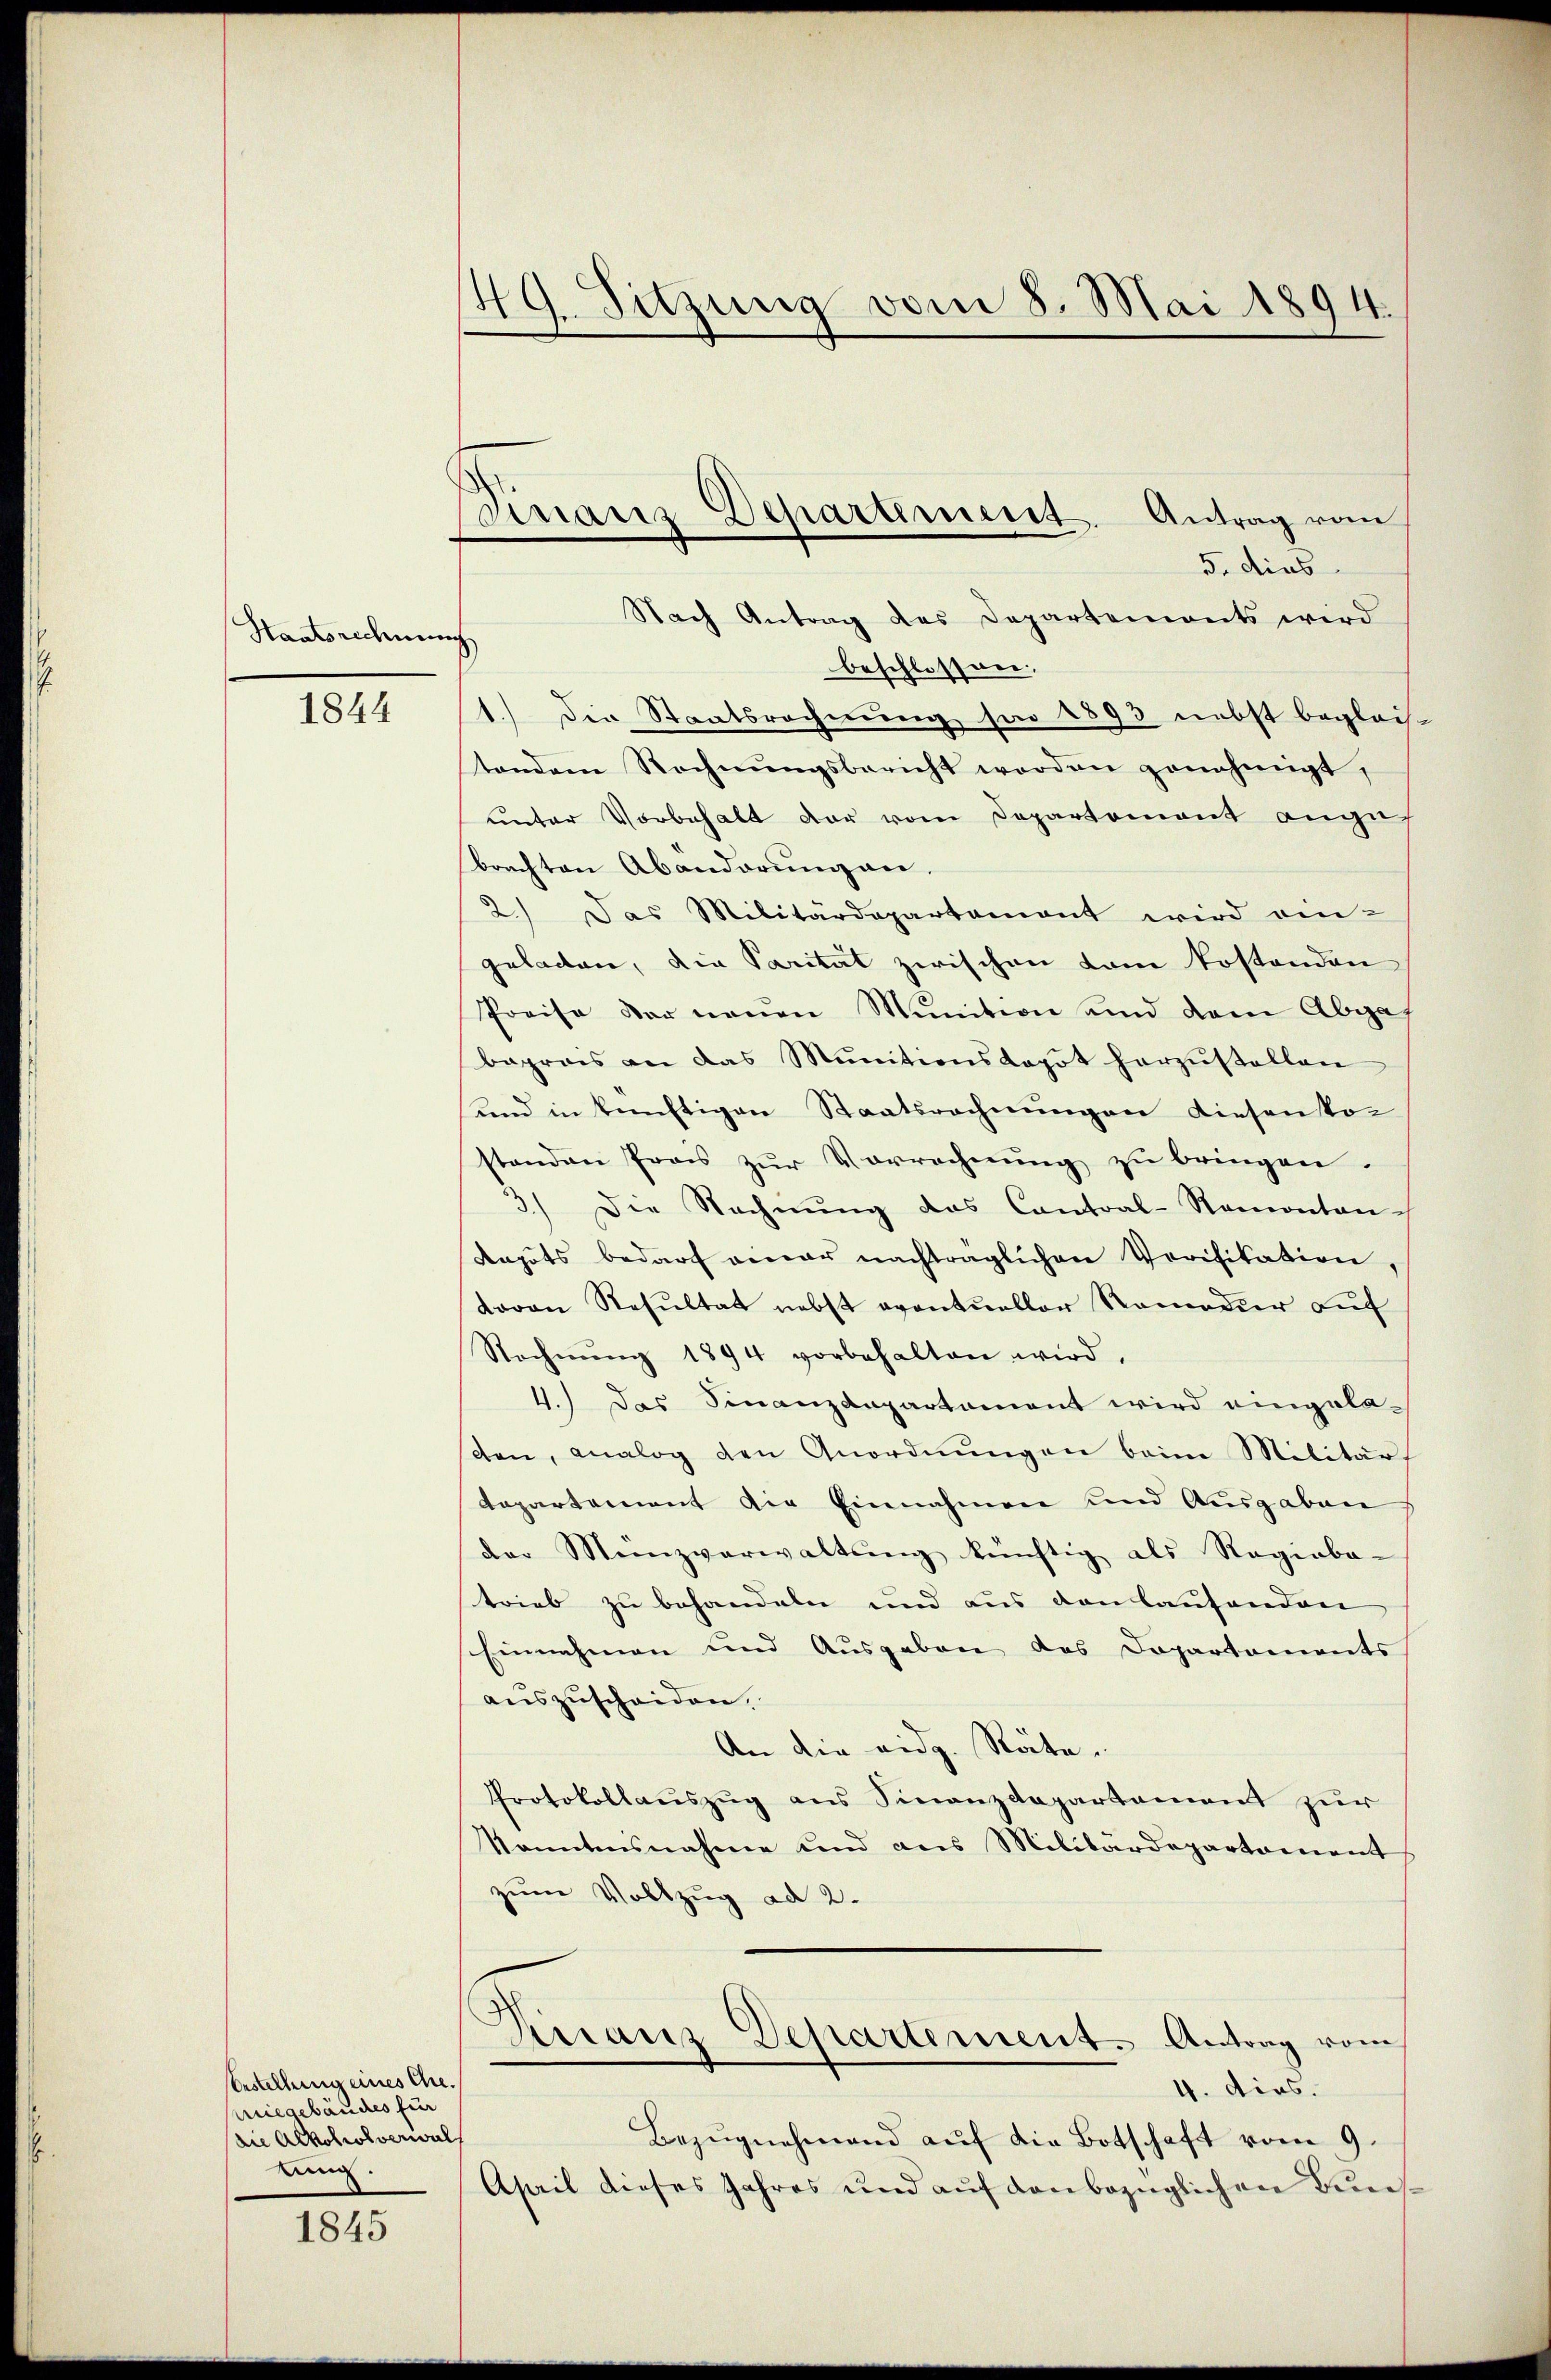
Hantsrechnun

1844

Bestellung eines Anmiegebäudes für
an Alkoholverwal
kung

1845

49. Sitzung vom 8. Mai 1894.

Finanz Departement. Antrag vom

5. dies
Nach Antrag des Departemonts wird
)
beschlossen.
1.) Die Staatsrechnung sei 1893 nebst begleich
tendem Rechnŭngsbericht werden genehmigt,
unter Vorbehalt der vom Departement angebrachten Abänderŭng an,
2.) Das Militärdepartamont wird an-
geladen, die Parität zwischen kam kostenden
Preise der neŭen Munition und dem Abga
baprais an das Munitionskapot herzŭstellen
und in künftigen Staatsrechnungen diesenkon
standen Prois zŭr Vorrechnŭng zu bringen.
3) Die Rechnŭng das Contral-Ramontan-
Raputs bedarf einer nachträglichen Verifikation,
davon Resŭltat nebst eventueller Remedur aŭf
Rechnŭng 1894 vorbehalten wird,
4.) Das Finanzdepartament wird eingelaten, analog den Anordnŭngen beim Militär
departement die Einnahmen und Ausgaben
der Menzverwaltŭng künftig als Ragiaba-
trieb zu behandeln und aus den laufenden
Einnahmen und Ausgaben des Dopartements
auszuscheiden.
An die eidg. Räte.
Protokollauszug aus Finanzdepartement zur
kanntensnahme und aus Militärdepartament
zum Vollzug ad 2.
Kirranz Departement. Antrag vom
4. dies.
Bezŭgnehmend auf die Botschaft vom 9.
April dieses Jahres und auf dan bezüglichen Buns¬